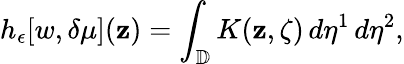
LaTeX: h_{\epsilon}[w,\delta\mu](\mathbf{z})=\int_{\mathbb{{D}}}K(\mathbf{z},\zeta)\, d\eta^{1}\, d\eta^{2},